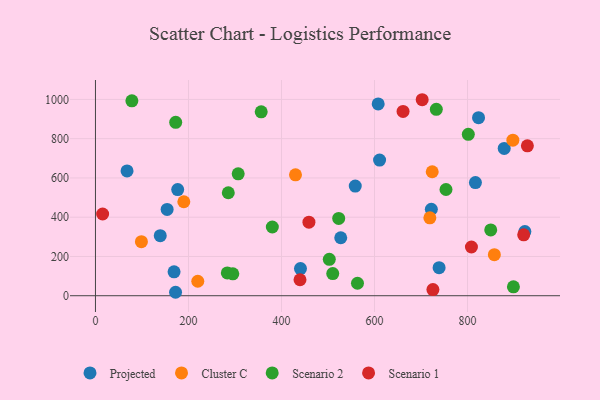
{"axis": {"x": "Experience", "y": "Salary"}, "legend": ["Cluster C", "Projected", "Scenario 1", "Scenario 2"], "data": [{"x": "154.1", "y": 439.6, "type": "Projected"}, {"x": "610.9", "y": 691.0, "type": "Projected"}, {"x": "738.9", "y": 143.0, "type": "Projected"}, {"x": "823.7", "y": 906.9, "type": "Projected"}, {"x": "558.6", "y": 558.4, "type": "Projected"}, {"x": "176.8", "y": 540.7, "type": "Projected"}, {"x": "440.8", "y": 138.1, "type": "Projected"}, {"x": "722.2", "y": 440.6, "type": "Projected"}, {"x": "878.9", "y": 750.1, "type": "Projected"}, {"x": "817.0", "y": 576.4, "type": "Projected"}, {"x": "169.0", "y": 121.6, "type": "Projected"}, {"x": "527.4", "y": 295.3, "type": "Projected"}, {"x": "607.9", "y": 977.2, "type": "Projected"}, {"x": "923.3", "y": 326.8, "type": "Projected"}, {"x": "67.9", "y": 635.7, "type": "Projected"}, {"x": "139.3", "y": 305.7, "type": "Projected"}, {"x": "172.2", "y": 17.6, "type": "Projected"}, {"x": "430.1", "y": 615.9, "type": "Cluster C"}, {"x": "220.0", "y": 73.8, "type": "Cluster C"}, {"x": "857.7", "y": 209.3, "type": "Cluster C"}, {"x": "724.1", "y": 631.5, "type": "Cluster C"}, {"x": "98.8", "y": 275.4, "type": "Cluster C"}, {"x": "719.0", "y": 396.7, "type": "Cluster C"}, {"x": "190.0", "y": 478.6, "type": "Cluster C"}, {"x": "897.5", "y": 792.5, "type": "Cluster C"}, {"x": "356.4", "y": 936.7, "type": "Scenario 2"}, {"x": "78.3", "y": 992.6, "type": "Scenario 2"}, {"x": "285.6", "y": 524.6, "type": "Scenario 2"}, {"x": "306.9", "y": 621.2, "type": "Scenario 2"}, {"x": "502.8", "y": 185.6, "type": "Scenario 2"}, {"x": "523.0", "y": 393.6, "type": "Scenario 2"}, {"x": "732.9", "y": 949.4, "type": "Scenario 2"}, {"x": "849.9", "y": 335.3, "type": "Scenario 2"}, {"x": "380.3", "y": 350.0, "type": "Scenario 2"}, {"x": "753.7", "y": 541.1, "type": "Scenario 2"}, {"x": "563.4", "y": 63.5, "type": "Scenario 2"}, {"x": "295.3", "y": 111.7, "type": "Scenario 2"}, {"x": "510.2", "y": 113.1, "type": "Scenario 2"}, {"x": "801.7", "y": 822.2, "type": "Scenario 2"}, {"x": "172.5", "y": 883.1, "type": "Scenario 2"}, {"x": "898.7", "y": 45.6, "type": "Scenario 2"}, {"x": "283.5", "y": 116.4, "type": "Scenario 2"}, {"x": "808.4", "y": 248.2, "type": "Scenario 1"}, {"x": "15.4", "y": 416.2, "type": "Scenario 1"}, {"x": "920.8", "y": 310.4, "type": "Scenario 1"}, {"x": "928.7", "y": 763.5, "type": "Scenario 1"}, {"x": "439.8", "y": 81.5, "type": "Scenario 1"}, {"x": "459.0", "y": 374.9, "type": "Scenario 1"}, {"x": "702.5", "y": 998.4, "type": "Scenario 1"}, {"x": "725.6", "y": 31.4, "type": "Scenario 1"}, {"x": "661.4", "y": 938.9, "type": "Scenario 1"}]}